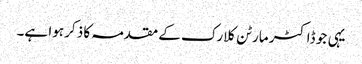
یہی جو ڈاکٹر مارٹن کلارک کے مقدمہ کا ذکر ہوا ہے۔